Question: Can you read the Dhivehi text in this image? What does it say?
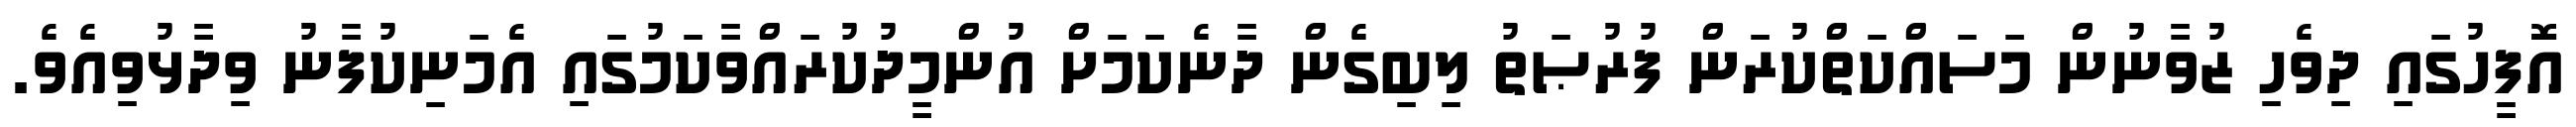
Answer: އޮފީހުގައި ދިވެހި ޒުވާނުން މަސައްކަތްކުރަން ފުރުޞަތު ލިބިގެން ދާނެކަމަށް އުންމީދުކުރައްވާކަމުގައި އެމަނިކުފާނު ވިދާޅުވިއެވެ.